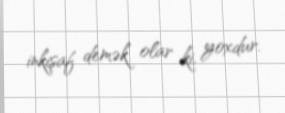
inkişaf demək olar ki, yoxdur.